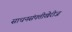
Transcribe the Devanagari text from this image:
साधनसंपत्तीखेरीज